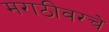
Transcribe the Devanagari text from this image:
मराठीवरचे